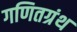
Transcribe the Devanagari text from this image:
गणितग्रंथ